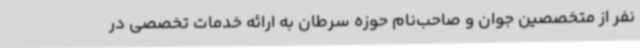
نفر از متخصصین جوان و صاحب‌نام حوزه سرطان به ارائه خدمات تخصصی در